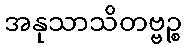
အနုသာသိတဗ္ဗဉ္စ